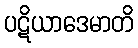
ပဋိယာဒေမာတိ